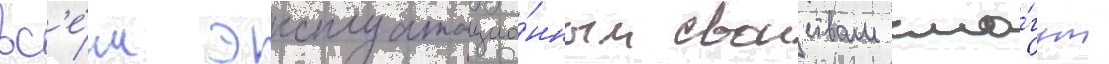
вс'е́м эксплуатацио́нным своиствам смо́гут